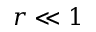
r \ll 1